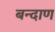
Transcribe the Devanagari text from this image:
बन्दाण